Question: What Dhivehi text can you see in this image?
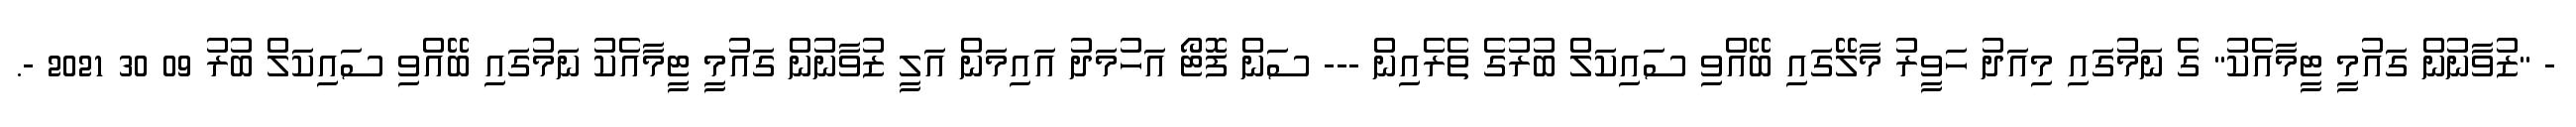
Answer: - "ޒުވާނުން ގައުމީ ޓީމާއެކު" ގެ ނަމުގައި މިއަދު ހަވީރު މާލޭގައި ބޭއްވި ސައިކަލް ބުރުގެ ތެރެއިން --- ސަން ފޮޓޯ އަހުމަދު އައިމަން އަލީ ޒުވާނުން ގައުމީ ޓީމާއެކު ނަމުގައި ބޭއްވި ސައިކަލް ބުރު 09 30 2021 -.